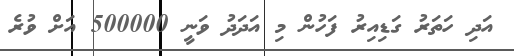
އަދި ހަތަރު ގަޑިއިރު ފަހުން މި އަދަދު ވަނީ 500000 އަށް ވުރެ